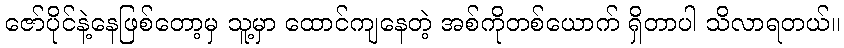
ဇော်ပိုင်နဲ့နေဖြစ်တော့မှ သူ့မှာ ထောင်ကျနေတဲ့ အစ်ကိုတစ်ယောက် ရှိတာပါ သိလာရတယ်။